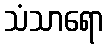
သံသာရော